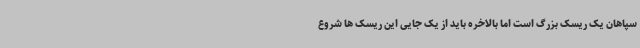
سپاهان یک ریسک بزرگ است اما بالاخره باید از یک جایی این ریسک ها شروع